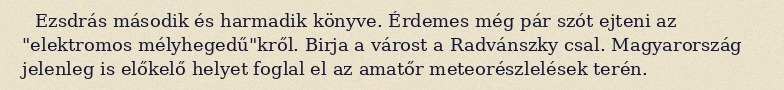
Ezsdrás második és harmadik könyve. Érdemes még pár szót ejteni az "elektromos mélyhegedű"kről. Birja a várost a Radvánszky csal. Magyarország jelenleg is előkelő helyet foglal el az amatőr meteorészlelések terén.